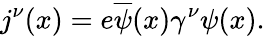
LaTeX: j^{\nu}(x)=e\overline{{{\psi}}}(x)\gamma^{\nu}\psi(x).